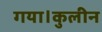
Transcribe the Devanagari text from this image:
गया।कुलीन